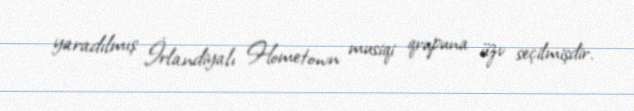
yaradılmış İrlandiyalı Hometown musiqi qrupuna üzv seçilmişdir.